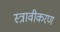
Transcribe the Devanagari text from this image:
स्त्रावीकरण